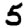
Digit: 5